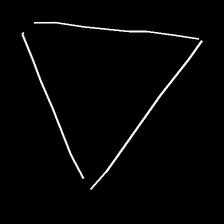
Glyph: convergence